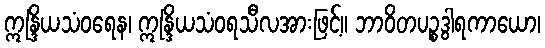
ဣန္ဒြိယသံဝရေန၊ ဣန္ဒြိယသံဝရသီလအားဖြင့်။ ဘာဝိတပဉ္စဒွါရကာယော၊